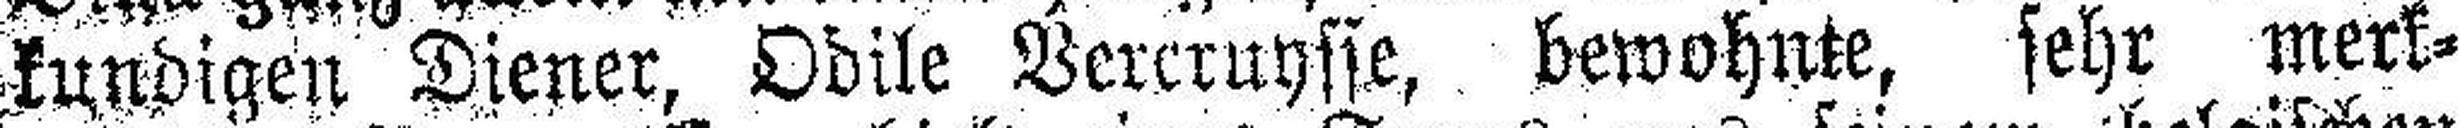
kundigen Diener, Odile Vercruysse, bewohnte, sehr merk¬